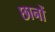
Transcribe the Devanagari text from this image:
छानों